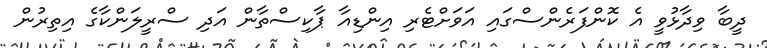
ދީބާ ވިދާޅުވީ އެ ކޮންފަރެންސްގައި އަވަށްޓެރި އިންޑިއާ ޕާކިސްތާން އަދި ސްރީލަންކާގެ އިތިރުން